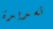
تسديدة